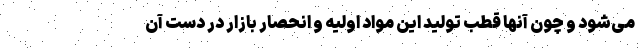
می‌شود و چون آنها قطب تولید این مواد اولیه و انحصار بازار در دست آن